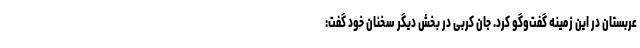
عربستان در این زمینه گفت‌وگو کرد. جان کربی در بخش دیگر سخنان خود گفت: